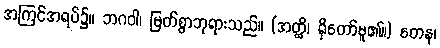
အကြင်အရပ်၌။ ဘဂဝါ၊ မြတ်စွာဘုရားသည်။ (အတ္ထိ၊ ရှိတော်မူ၏။) တေန၊